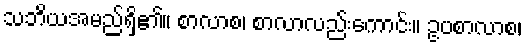
သဘိယအမည်ရှိ၏။ စာလာစ၊ စာလာလည်းကောင်း။ ဥပစာလာစ၊